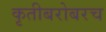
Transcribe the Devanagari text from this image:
कृतीबरोबरच